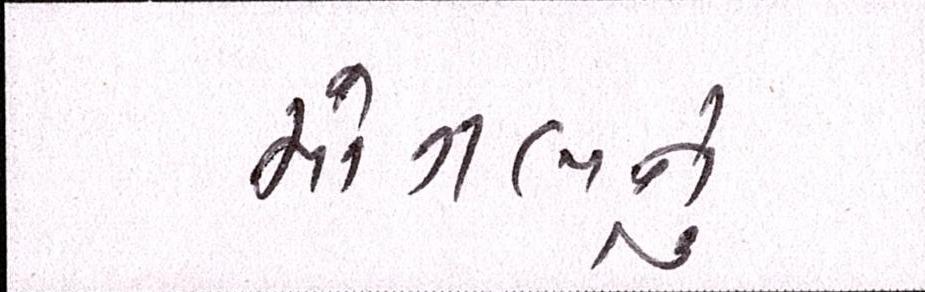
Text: મોગલનું